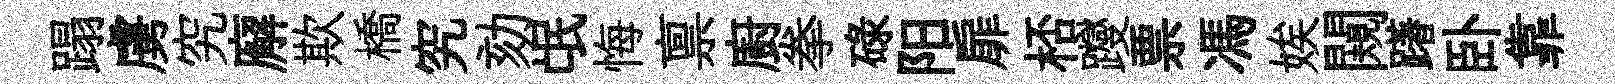
蹋虜究廨欺橋究劾氓悔禀廚拳碌阳扉桮躞票馮娭闚躇卧靠